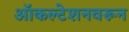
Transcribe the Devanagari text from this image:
ऑकल्टेशनवरून